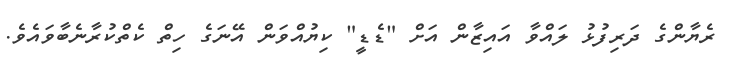
ރެޔާންގެ ދަރިފުޅު ލައްވާ އައިޒާން އަށް "ޑެޑީ" ކިޔުއްވަން އޭނަގެ ހިތް ކެތްކުރާނެބާވައެވެ.